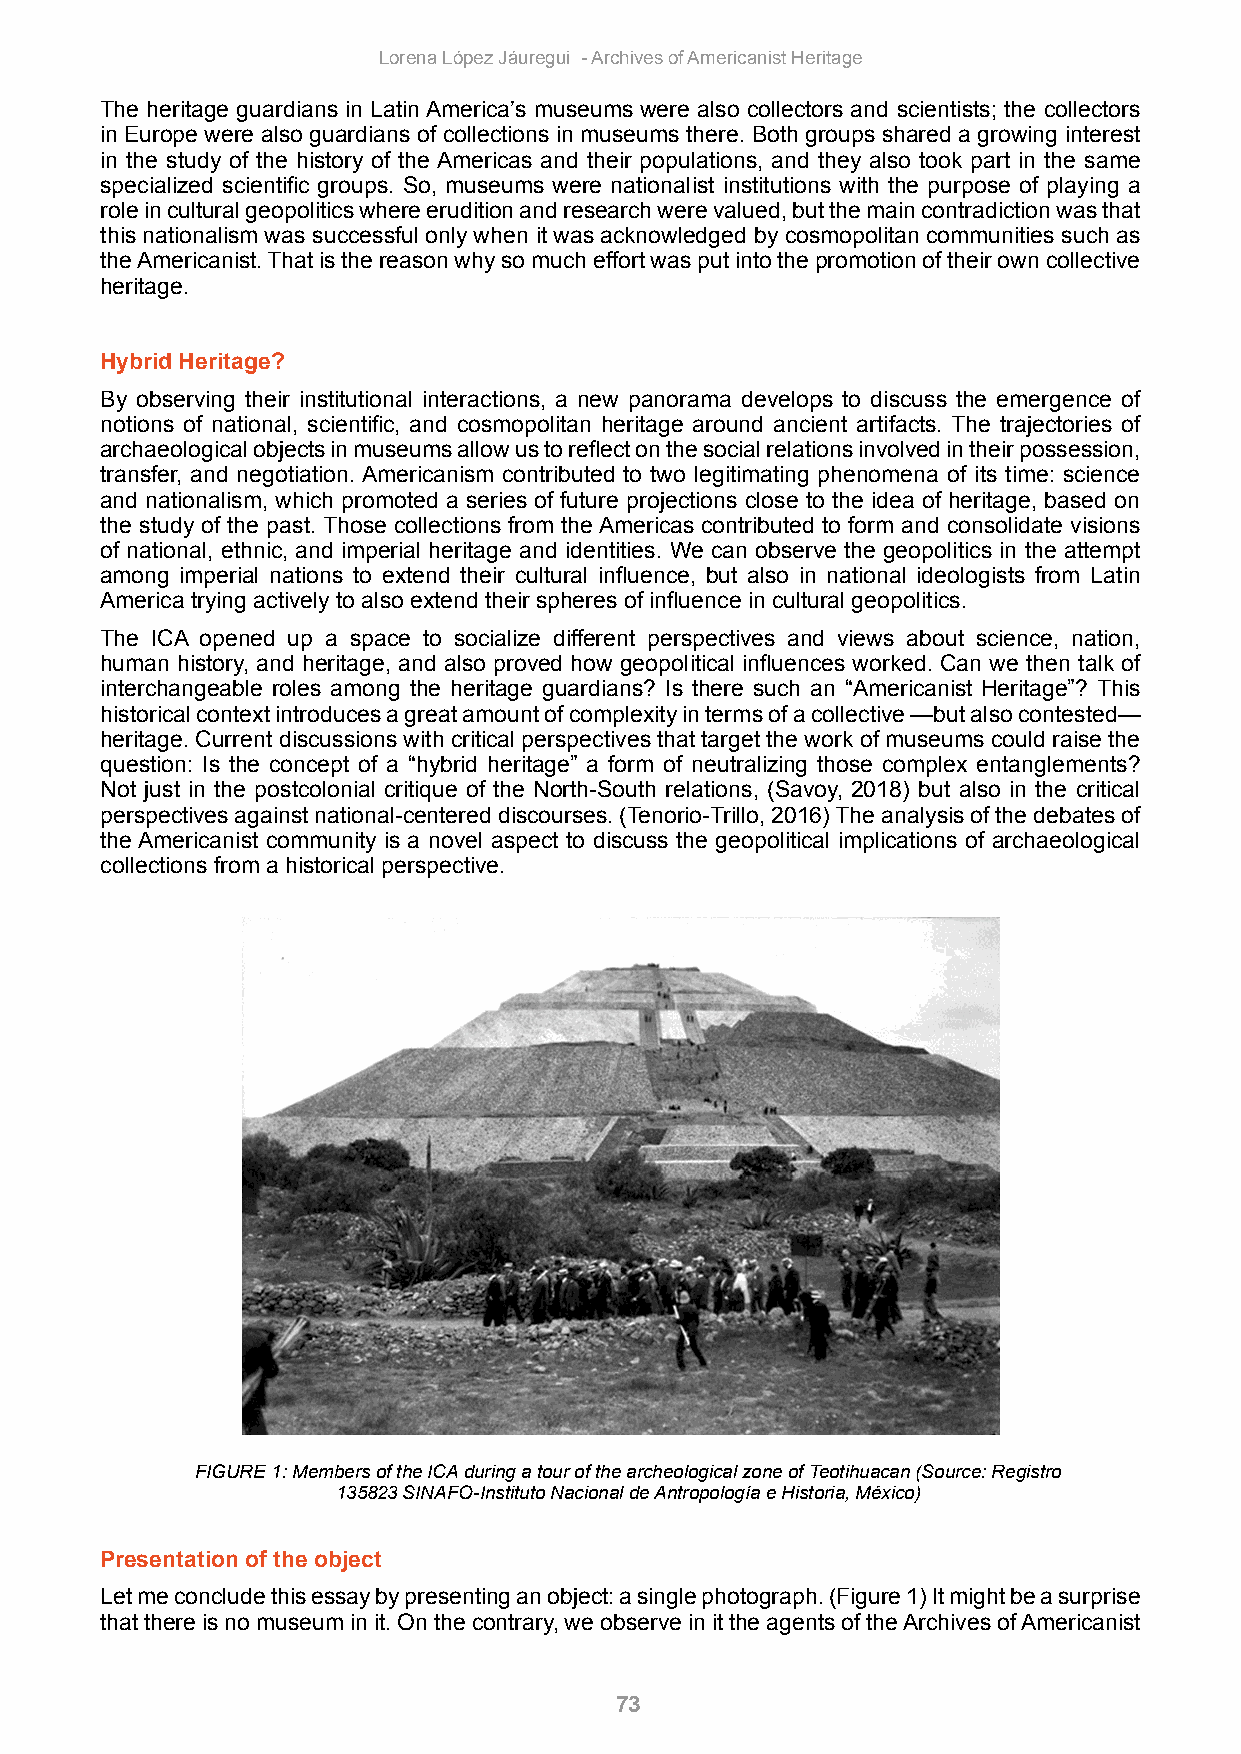
Lorena López Jáuregui - Archives of Americanist Heritage
 The heritage guardians in Latin America’s museums were also collectors and scientists; the collectors
 in Europe were also guardians of collections in museums there. Both groups shared a growing interest
 in the study of the history of the Americas and their populations, and they also took part in the same
 specialized scientific groups. So, museums were nationalist institutions with the purpose of playing a
 role in cultural geopolitics where erudition and research were valued, but the main contradiction was that
 this nationalism was successful only when it was acknowledged by cosmopolitan communities such as
 the Americanist. That is the reason why so much effort was put into the promotion of their own collective
 heritage.
 Hybrid Heritage?
 By observing their institutional interactions, a new panorama develops to discuss the emergence of
 notions of national, scientific, and cosmopolitan heritage around ancient artifacts. The trajectories of
 archaeological objects in museums allow us to reflect on the social relations involved in their possession,
 transfer, and negotiation. Americanism contributed to two legitimating phenomena of its time: science
 and nationalism, which promoted a series of future projections close to the idea of heritage, based on
 the study of the past. Those collections from the Americas contributed to form and consolidate visions
 of national, ethnic, and imperial heritage and identities. We can observe the geopolitics in the attempt
 among imperial nations to extend their cultural influence, but also in national ideologists from Latin
 America trying actively to also extend their spheres of influence in cultural geopolitics.
 The ICA opened up a space to socialize different perspectives and views about science, nation,
 human history, and heritage, and also proved how geopolitical influences worked. Can we then talk of
 interchangeable roles among the heritage guardians? Is there such an “Americanist Heritage”? This
 historical context introduces a great amount of complexity in terms of a collective —but also contested—
 heritage. Current discussions with critical perspectives that target the work of museums could raise the
 question: Is the concept of a “hybrid heritage” a form of neutralizing those complex entanglements?
 Not just in the postcolonial critique of the North-South relations, (Savoy, 2018) but also in the critical
 perspectives against national-centered discourses. (Tenorio-Trillo, 2016) The analysis of the debates of
 the Americanist community is a novel aspect to discuss the geopolitical implications of archaeological
 collections from a historical perspective.
 FIGURE 1: Members of the ICA during a tour of the archeological zone of Teotihuacan (Source: Registro
 135823 SINAFO-Instituto Nacional de Antropología e Historia, México)
 Presentation of the object
 Let me conclude this essay by presenting an object: a single photograph. (Figure 1) It might be a surprise
 that there is no museum in it. On the contrary, we observe in it the agents of the Archives of Americanist
 73